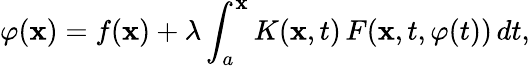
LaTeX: \varphi(\mathbf{x})=f(\mathbf{x})+\lambda\int_{a}^{\mathbf{x}}K(\mathbf{x},t)\, F(\mathbf{x},t,\varphi(t))\, dt,